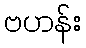
ဗဟန်း